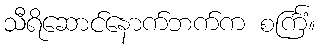
သီရိဆောင်နောက်ဘက်က စင်္ကြံ။